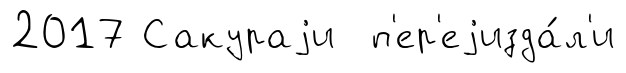
2017 Сакураjи п'ер'еjизда́л'и